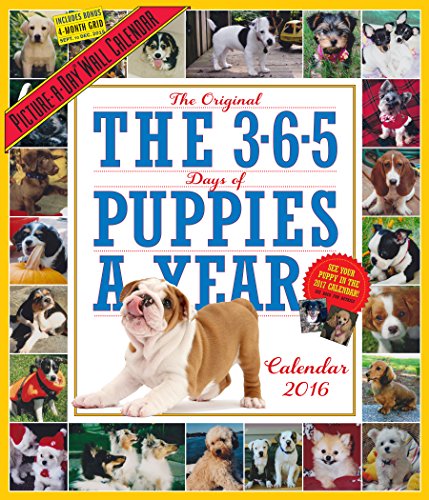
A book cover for The 365 Puppies-A-Year Picture-A-Day Wall Calendar 2016; Workman Publishing; Calendars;